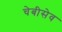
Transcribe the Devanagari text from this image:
चेबीसेव